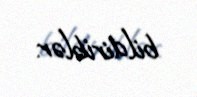
bildiriblər.